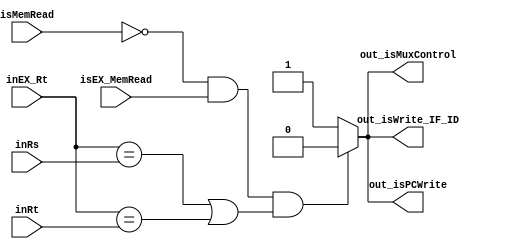
`timescale 1ns / 1ps
module HazardUnit(input isEX_MemRead,
                  input isMemRead, // Agregamos la flag de memRead de la instruccion actual
                  input [4:0] inEX_Rt,
                  input [4:0] inRs,
                  input [4:0] inRt,
                  output out_isPCWrite,
                  output out_isWrite_IF_ID,
                  output out_isMuxControl);       
           
    reg isPCWrite;
    reg isWrite_IF_ID;
    reg isMuxControl;
    
    always@(*)
    begin
        if (~isMemRead && isEX_MemRead && ((inEX_Rt == inRs) || (inEX_Rt == inRt)))
        begin
            isPCWrite     = 1'b0; // no escribo el PC
            isWrite_IF_ID = 1'b0; // no escribo el latch
            isMuxControl  = 1'b0; // pongo todos 0 en control
        end
        else
        begin
            isPCWrite     = 1'b1;
            isWrite_IF_ID = 1'b1;
            isMuxControl  = 1'b1;
        end
    end
    
    assign out_isPCWrite        = isPCWrite;
    assign out_isWrite_IF_ID    = isWrite_IF_ID;
    assign out_isMuxControl     = isMuxControl;
    
endmodule